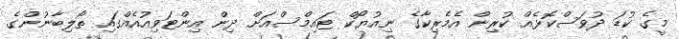
މީގެ ކުޑަ ދުވަސްކޮޅެއް ކުރިން އެމެރިކާގެ ނިއުޔޯކް ޓައިމްސްއަށް ދިން އިންޓަވިއުއެއްގައި ތޯލިބާނުންގެ